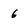
Character: 6